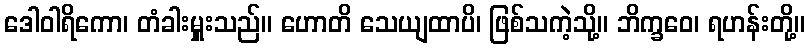
ဒေါဝါရိကော၊ တံခါးမှူးသည်။ ဟောတိ သေယျထာပိ၊ ဖြစ်သကဲ့သို့။ ဘိက္ခဝေ၊ ရဟန်းတို့။